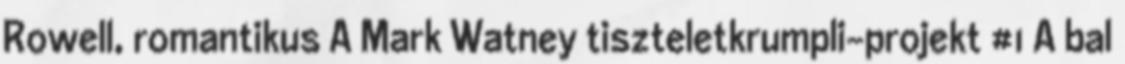
Rowell, romantikus A Mark Watney tiszteletkrumpli-projekt #1 A bal